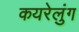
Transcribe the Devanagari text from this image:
कयरेलुंग